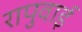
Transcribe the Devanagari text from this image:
रापुवाई